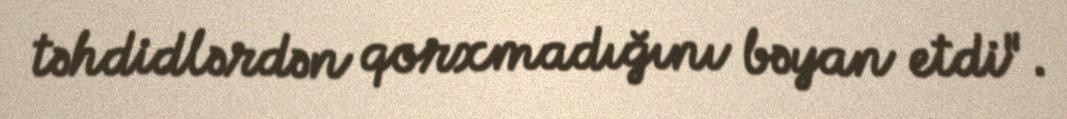
təhdidlərdən qorxmadığını bəyan etdi".